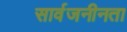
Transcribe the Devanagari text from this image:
सार्वजनीनता